Civil Veterinary Dept. Bombay admin report 1932-41 - 1932-1941
Year: 1932
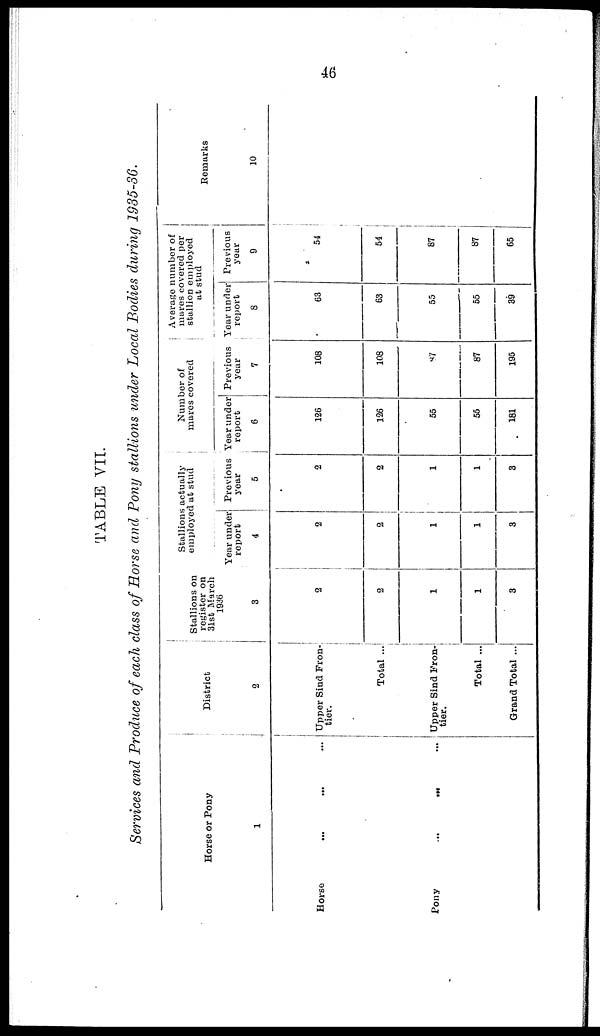
46
TABLE VII.
Services and Produce of each class of Horse and Pony stallions under Local Bodies during 1935-36.
Horse or Pony
1
Horse
...
... ...
Pony
...
...
...
District
2
Upper Sind Fron-
tier.
Total ...
Upper Sind Fron-
tier.
Total ...
Grand Total ...
Stallions on
register on
31st March
1936
3
2
2
1
1
3
Stallions actually
employed at stud
Year under
report
4
2
2
1
1
3
Previous
year
5
2
2
1
1
3
Number of
mares covered
Year under
report
6
126
126
55
55
181
Previous
year
7
108
108
87
87
195
Average number of
mares covered per
stallion employed
at stud
Year under
report
8
63
63
55
55
39
Previous
year
9
54
54
87
87
65
Remarks
10